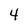
Character: 4